Civil Veterinary Department. Central Provinces & Berar 1925-31 - 1925-1931
Year: 1925
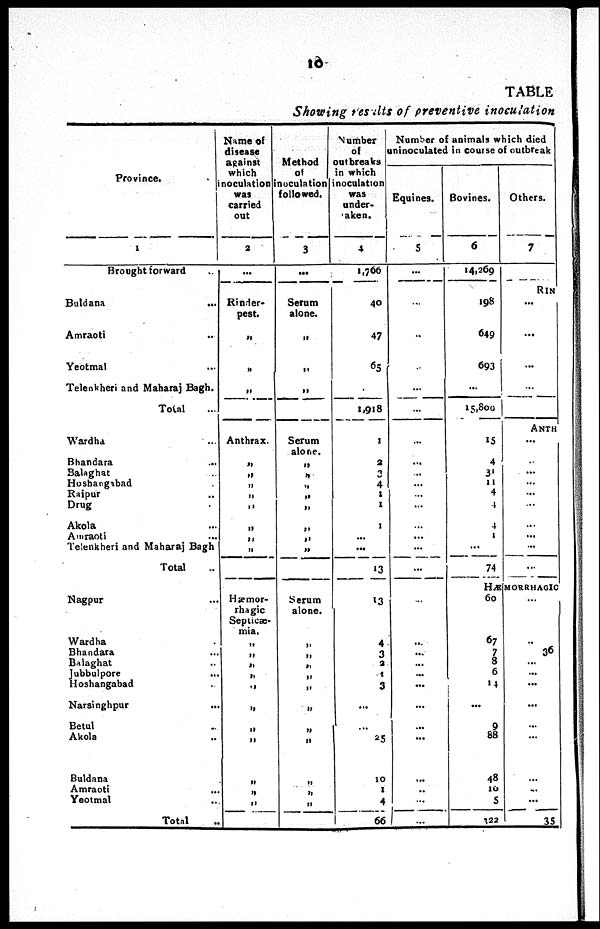
10
TABLE
Showing results of preventive inoculation
Province.
1
Brought forward ...
Buldana
...
Amraoti ...
Yeotmal ...
Telenkberi and Maharaj Bagh.
Total ...
Wardha ...
Bhandara ...
Balaghat ...
Hoshangtbad
Raipur ...
Drag
Akola ...
Amraoti ...
Telenkheri and Maharaj Bagh
Total
Nagpur ...
Wardha .
Bhandara ...
Balaghat ...
Jubbulpore ...
Hoshangabad ...
Narsinghpur ...
Betul .
Akola ..
Buldana .
Amraoti ...
Yeotmal ...
Total ...
Name of
disease
against
which
noculation
was
carried
out
2
...
Rinder-
pest.
„
„
„
Anthrax.
„
„
„
„
„
„
„
„
Hæmor-
rhagic
Septicæ-
mia.
„
„
„
„
„
„
„
„
„
„
„
Method
of
inocutation
followed.
3
...
Serum
alone.
„
„
„
Serum
alone.
„
„
„
„
„
„
„
„
Serum
alone.
„
„
„
„
„
„
„
„
„
„
„
Number
of
outbreaks
in which
inoculation
was
under-
aken.
4
1,766
40
47
63
1,918
1
2
3
4
1
1
1
...
...
13
13
4
3
2
1
3
...
...
25
10
1
4
66
Number of animals which died
aninoculated in course of outbreak
Equines.
5
...
...
..
...
...
...
...
...
...
...
...
...
...
...
...
...
...
...
...
...
...
...
...
...
...
...
..
...
...
Bovines.
6
14,269
198
649
693
...
15,800
15
4
31
11
4
4
4
1
...
74
60
67
7
8
6
14
...
9
88
48
10
5
122
Others.
7
RlN
...
...
...
...
ANTH
...
...
...
...
...
...
...
...
...
HÆMORRHAGIC
..
36
...
...
...
...
...
...
...
...
35